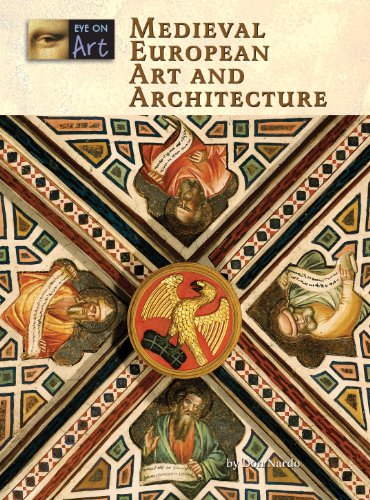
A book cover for Medieval European Art and Architecture (Eye on Art); Don Nardo; Teen & Young Adult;